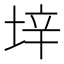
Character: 垶